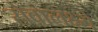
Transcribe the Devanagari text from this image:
सेवालक्ष्ये